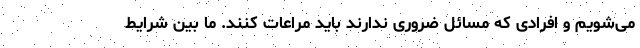
می‌شویم و افرادی که مسائل ضروری ندارند باید مراعات کنند. ما بین شرایط